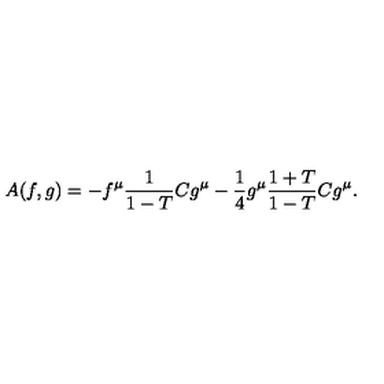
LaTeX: A ( f , g ) = - f ^ { \mu } \frac { 1 } { 1 - T } C g ^ { \mu } - \frac { 1 } { 4 } g ^ { \mu } \frac { 1 + T } { 1 - T } C g ^ { \mu } .